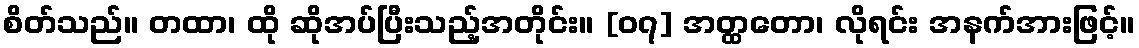
စိတ်သည်။ တထာ၊ ထို ဆိုအပ်ပြီးသည့်အတိုင်း။ [၀၇] အတ္ထတော၊ လိုရင်း အနက်အားဖြင့်။